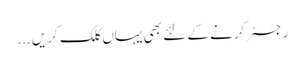
رجسٹر کرنے کے لئے بھی یہاں کلک کریں ...